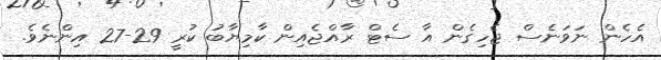
އެހެން ނަވަނެސް ޖެހިގެން އާ ސެޓް ރާއްޖެއިން ކާމިޔާބު ކުރީ 29-27 އިންނެވެ.